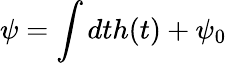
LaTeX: \psi=\int dth(t)+\psi_{0}